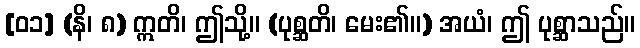
[၀၁] (နိ၊ ၈) ဣတိ၊ ဤသို့။ (ပုစ္ဆတိ၊ မေး၏။) အယံ၊ ဤ ပုစ္ဆာသည်။